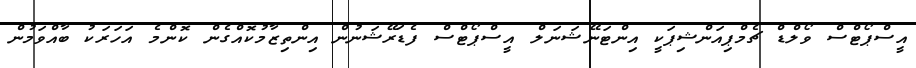
އީސްޕޯޓްސް ވޯލްޑް ޗެމްޕިއަންޝިޕަކީ އިންޓަނޭޝަނަލް އީސްޕޯޓްސް ފެޑަރޭޝަނުން އިންތިޒާމުކޮއްގެން ކޮންމެ އަހަރަކު ބާއްވަމުން